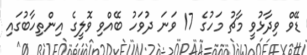
ޑޭވް ވިދާޅުވީ މާޗު މަހުގެ 17 ވަނަ ދުވަހު ބޭއްވި ވޮލީގެ އިންތިހާބުގައި